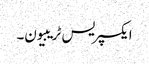
ایکسپریس ٹریبیون۔